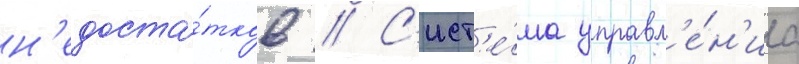
н'едоста́тков // С'ист'е́ма управл'е́н'иа